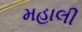
મહાલી